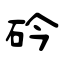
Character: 砛